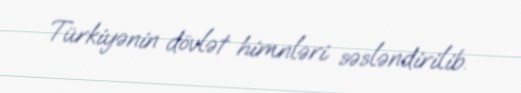
Türkiyənin dövlət himnləri səsləndirilib.